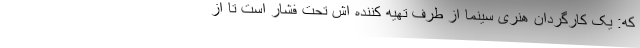
که: یک کارگردان هنری سینما از طرف تهیه کننده‌ اش تحت فشار است تا از